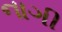
નાગી